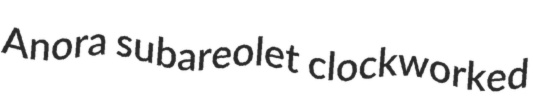
Anora subareolet clockworked